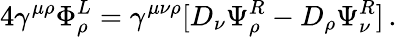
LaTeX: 4\gamma^{\mu\rho}\Phi_{\rho}^{L}=\gamma^{\mu\nu\rho}[D_{\nu}\Psi_{\rho}^{R}-D_{\rho}\Psi_{\nu}^{R}]\, .